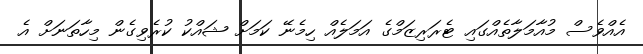
އެއްވެސް މުއާމަލާތެއްގައި ޓެރަރިޒަމްގެ އަމަލެއް ހިމެނޭ ކަމަށް ޝައްކު ކުރެވިގެން މިހާތަނަށް އެ